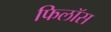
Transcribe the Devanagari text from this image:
फिलॉस